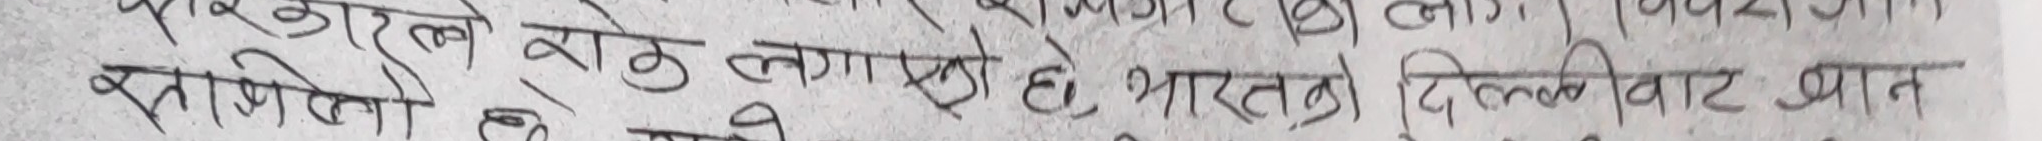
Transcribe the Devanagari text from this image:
वाट बोरले
क्रासियो से लाग्छ है, भारतको दिललेवाट आन